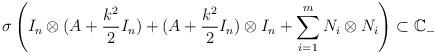
LaTeX: \begin{align*} \sigma\left(I_n\otimes (A+\frac{k^2}{2} I_n)+(A+\frac{k^2}{2} I_n)\otimes I_n+\sum_{i=1}^m N_i\otimes N_i\right)\subset \mathbb C_-\end{align*}